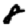
Digit: 8